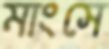
মাংসে